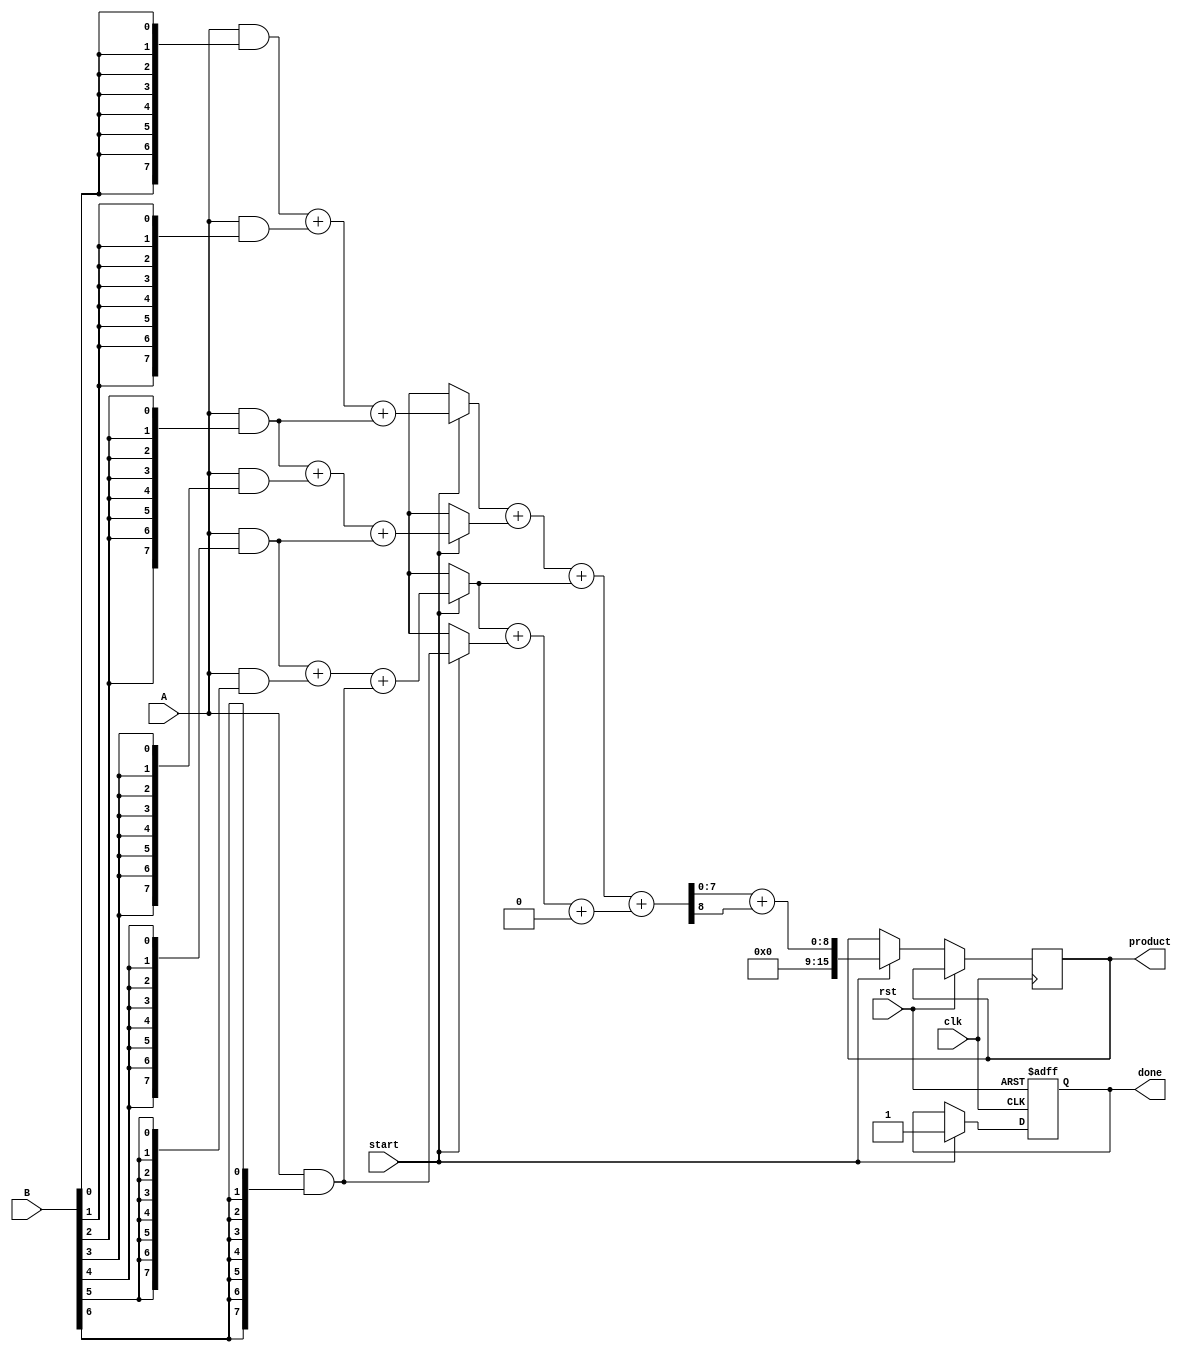
module WallaceTreeMultiplier #(parameter N = 8) (
    input  wire [N-1:0] A,        // First operand
    input  wire [N-1:0] B,        // Second operand
    input  wire start,             // Start signal for multiplication
    input  wire clk,               // Clock signal
    input  wire rst,               // Reset signal
    output reg [2*N-1:0] product,  // Output product
    output reg done                // Multiplication done signal
);

    reg [N-1:0] partial_products[N-1:0]; // Partial products array

    // Generate partial products
    integer i;
    always @* begin
        for (i = 0; i < N; i = i + 1) begin
            partial_products[i] = A & {N{B[i]}}; // ANDing A with each bit of B
        end
    end

    reg [N-1:0] CSA1_sum [0:N/2-1], CSA1_carry [0:N/2-1];
    reg [N-1:0] CSA2_sum [0:N/4-1], CSA2_carry [0:N/4-1];
    reg [N-1:0] final_sum, final_carry;

    // Wallace Tree Reduction - Level 1 (2-input reductions)
    integer j;
    always @(posedge clk or posedge rst) begin
        if (rst) begin
            // Reset Outputs
            done <= 0;
        end else if (start) begin
            for (i = 0; i < N/2; i = i + 1) begin
                if (i < N/2-1)
                    {CSA1_carry[i], CSA1_sum[i]} = partial_products[i*2] + partial_products[i*2+1] + (i*2+2 < N ? partial_products[i*2+2] : 0);
                else
                    CSA1_sum[i] = partial_products[i*2];
            end
            
            // Prepare for CSA level 2
            for (j = 0; j < N/4; j = j + 1) begin
                {CSA2_carry[j], CSA2_sum[j]} = CSA1_sum[j*2] + CSA1_sum[j*2+1] + (j*2+2 < N/2 ? CSA1_sum[j*2+2] : 0);
            end

            // Final Addition
            final_sum = CSA2_sum[0];
            final_carry = CSA2_carry[0];

            for (j = 1; j < (N/4); j = j + 1) begin
                {final_carry, final_sum} = final_sum + CSA2_sum[j];
            end
            
            product <= final_sum + final_carry;
            done <= 1; // Set done signal once multiplication is complete
        end
    end
endmodule